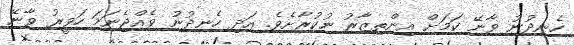
ހެނދުނު ވާނޭ ކަމަށް އިންތިޒާރު ނުކުރާށެވެ. އަދި ހެނދުނު ވެއްޖެނަމަ ހަވީރު ވާނޭ